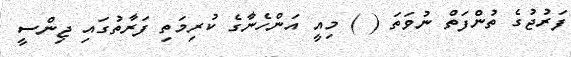
ފަރުޖުގެ ތުންފަތް ނުވަތަ ( ) މިއީ އަންހެނާގެ ކުރިމަތި ފަރާތުގައި ޖިންސީ